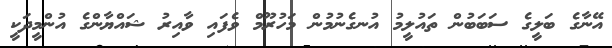
އޭނާގެ ބަލީގެ ސަބަބުން ތައުލީމު އުނގެނުުމުން މަހުރޫމް ވެފައި ވާއިރު ޝައްޔާންގެ އުންމީދަކީ